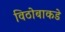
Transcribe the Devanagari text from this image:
विठोबाकडे